Lunatic asylums United Provinces 1899-1908 - 1899-1908
Year: 1899
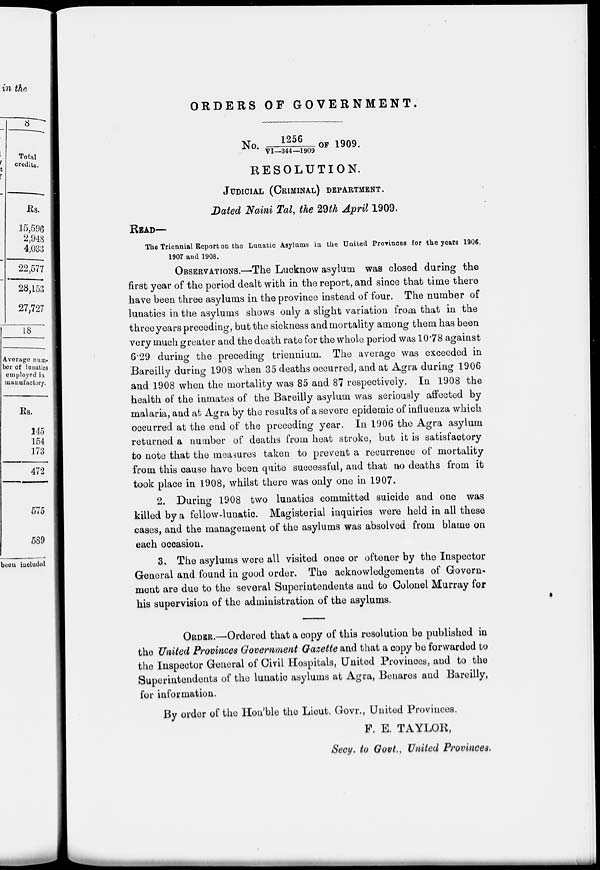
ORDERS OF GOVERNMENT.
No. 1256/VI-344-1909 OF 1909.
RESOLUTION.
JUDICIAL (CRIMINAL) DEPARTMENT.
Dated Naini Tal, the 29th April 1909.
READ—
The Triennial Report on the Lunatic Asylums in the United Provinces for the years 1906,
1907 and 1908.
OBSEEVATIONS.—The Lucknow asylum was closed during the
first year of the period dealt with in. the report, and since that time there
have been three asylums in the province instead of four. The number of
lunatics in the asylums shows only a slight variation from that in the
three years preceding, but the sickness and mortality among them has been
very much greater and the death rate for the whole period was 10.78 against
6.29 during the preceding triennium. The average was exceeded in
Bareilly during 1908 when 35 deaths occurred, and at Agra during 1906
and 1908 when the mortality was 85 and 87 respectively. In 1908 the
health of the inmates of the Bareilly asylum was seriously affected by
malaria, and at Agra by the results of a severe epidemic of influenza which
occurred at the end of the preceding year. In 1906 the Agra asylum
returned a number of deaths from heat stroke, but it is satisfactory
to note that the measures taken to prevent a recurrence of mortality
from this cause have been quite successful, and that no deaths from it
took place in 1908, whilst there was only one in 1907.
2. During 1908 two lunatics committed suicide and one was
killed by a fellow-lunatic. Magisterial inquiries were held in all these
cases, and the management of the asylums was absolved from blame on
each occasion.
3. The asylums were all visited once or oftener by the Inspector
General and found in good order. The acknowledgements of Govern-
ment are due to the several Superintendents and to Colonel Murray for
his supervision of the administration of the asylums.
ORDER.—Ordered that a copy of this resolution be published in
the United Provinces Government Gazette and that a copy be forwarded to
the Inspector General of Civil Hospitals, United Provinces, and to the
Superintendents of the lunatic asylums at Agra, Benares and Bareilly,
for information.
By order of the Hon'ble the Lieut. Govr., United Provinces.
F. E. TAYLOR,
Secy. to Govt., United Provinces.